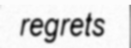
regrets